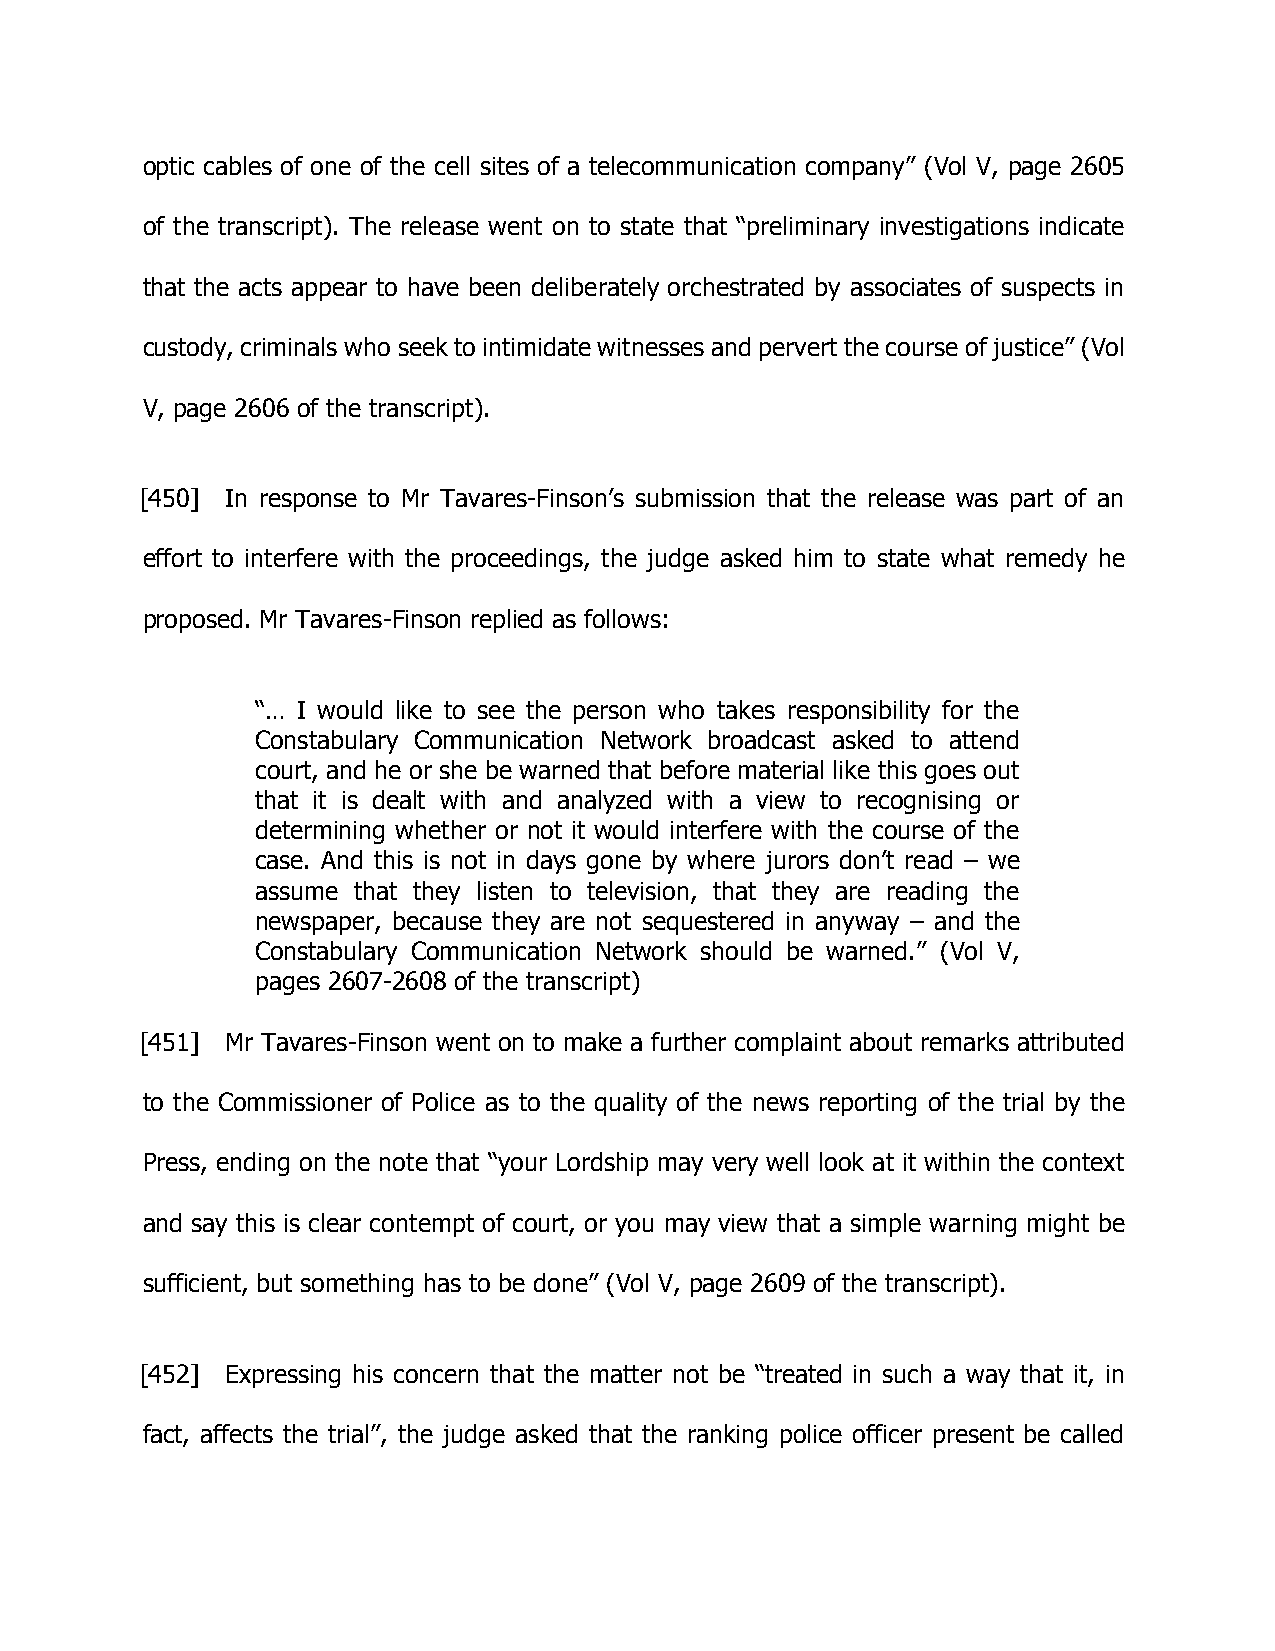
optic cables of one of the cell sites of a telecommunication company” (Vol V, page 2605
 of the transcript). The release went on to state that “preliminary investigations indicate
 that the acts appear to have been deliberately orchestrated by associates of suspects in
 custody, criminals who seek to intimidate witnesses and pervert the course of justice” (Vol
 V, page 2606 of the transcript).
 [450] In response to Mr Tavares-Finson’s submission that the release was part of an
 effort to interfere with the proceedings, the judge asked him to state what remedy he
 proposed. Mr Tavares-Finson replied as follows:
 “… I would like to see the person who takes responsibility for the
 Constabulary Communication Network broadcast asked to attend
 court, and he or she be warned that before material like this goes out
 that it is dealt with and analyzed with a view to recognising or
 determining whether or not it would interfere with the course of the
 case. And this is not in days gone by where jurors don’t read – we
 assume that they listen to television, that they are reading the
 newspaper, because they are not sequestered in anyway – and the
 Constabulary Communication Network should be warned.” (Vol V,
 pages 2607-2608 of the transcript)
 [451] Mr Tavares-Finson went on to make a further complaint about remarks attributed
 to the Commissioner of Police as to the quality of the news reporting of the trial by the
 Press, ending on the note that “your Lordship may very well look at it within the context
 and say this is clear contempt of court, or you may view that a simple warning might be
 sufficient, but something has to be done” (Vol V, page 2609 of the transcript).
 [452] Expressing his concern that the matter not be “treated in such a way that it, in
 fact, affects the trial”, the judge asked that the ranking police officer present be called